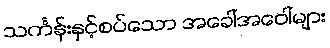
သင်္ကန်းနှင့်စပ်သော အခေါ်အဝေါ်များ